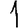
Digit: 1